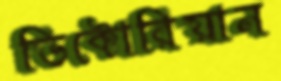
ভিক্টোরিয়ান